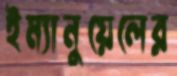
ইম্যানুয়েলের